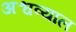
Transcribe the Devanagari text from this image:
अश्वव्याल